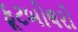
ફૂટબોલરો